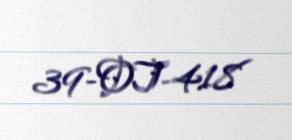
39-OT-418